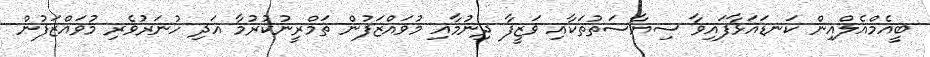
ބީއެމްއެލްއިން ކަނޑައަޅާފައިވާ ސިޔާސަތުތަކާއި ވަޒީފާ ދިނުމާއި މުވައްޒަފުން ތަމްރީނުކުރުމާ އަދި ހުނަރުވެރި މުވައްޒަފުން